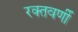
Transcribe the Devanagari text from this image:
रक्तवर्णी